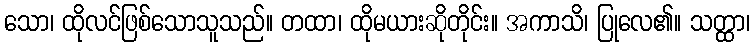
သော၊ ထိုလင်ဖြစ်သောသူသည်။ တထာ၊ ထိုမယားဆိုတိုင်း။ အကာသိ၊ ပြုလေ၏။ သတ္ထာ၊